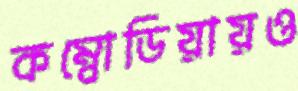
কম্বোডিয়ায়ও